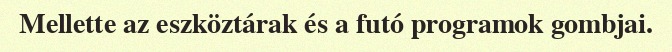
Mellette az eszköztárak és a futó programok gombjai.